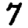
Digit: 7